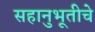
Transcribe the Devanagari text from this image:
सहानुभूतीचे